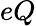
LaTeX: eQ